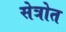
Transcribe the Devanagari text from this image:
सेत्रोत